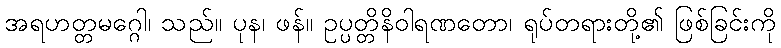
အရဟတ္တမဂ္ဂေါ၊ သည်။ ပုန၊ ဖန်။ ဥပ္ပတ္တိနိဝါရဏတော၊ ရုပ်တရားတို့၏ ဖြစ်ခြင်းကို